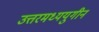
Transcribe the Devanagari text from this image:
उत्तरमध्ययुगीन